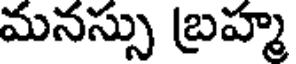
మనస్సు బ్రహ్మ